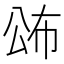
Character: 𭁍